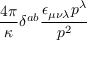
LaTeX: \frac { 4 \pi } { \kappa } \delta ^ { a b } \frac { \epsilon _ { \mu \nu \lambda } p ^ { \lambda } } { p ^ { 2 } }